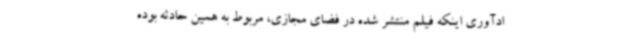
ادآوری اینکه فیلم منتشر شده در فضای مجازی، مربوط به همین حادثه بوده